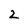
Character: 2